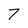
Character: 7